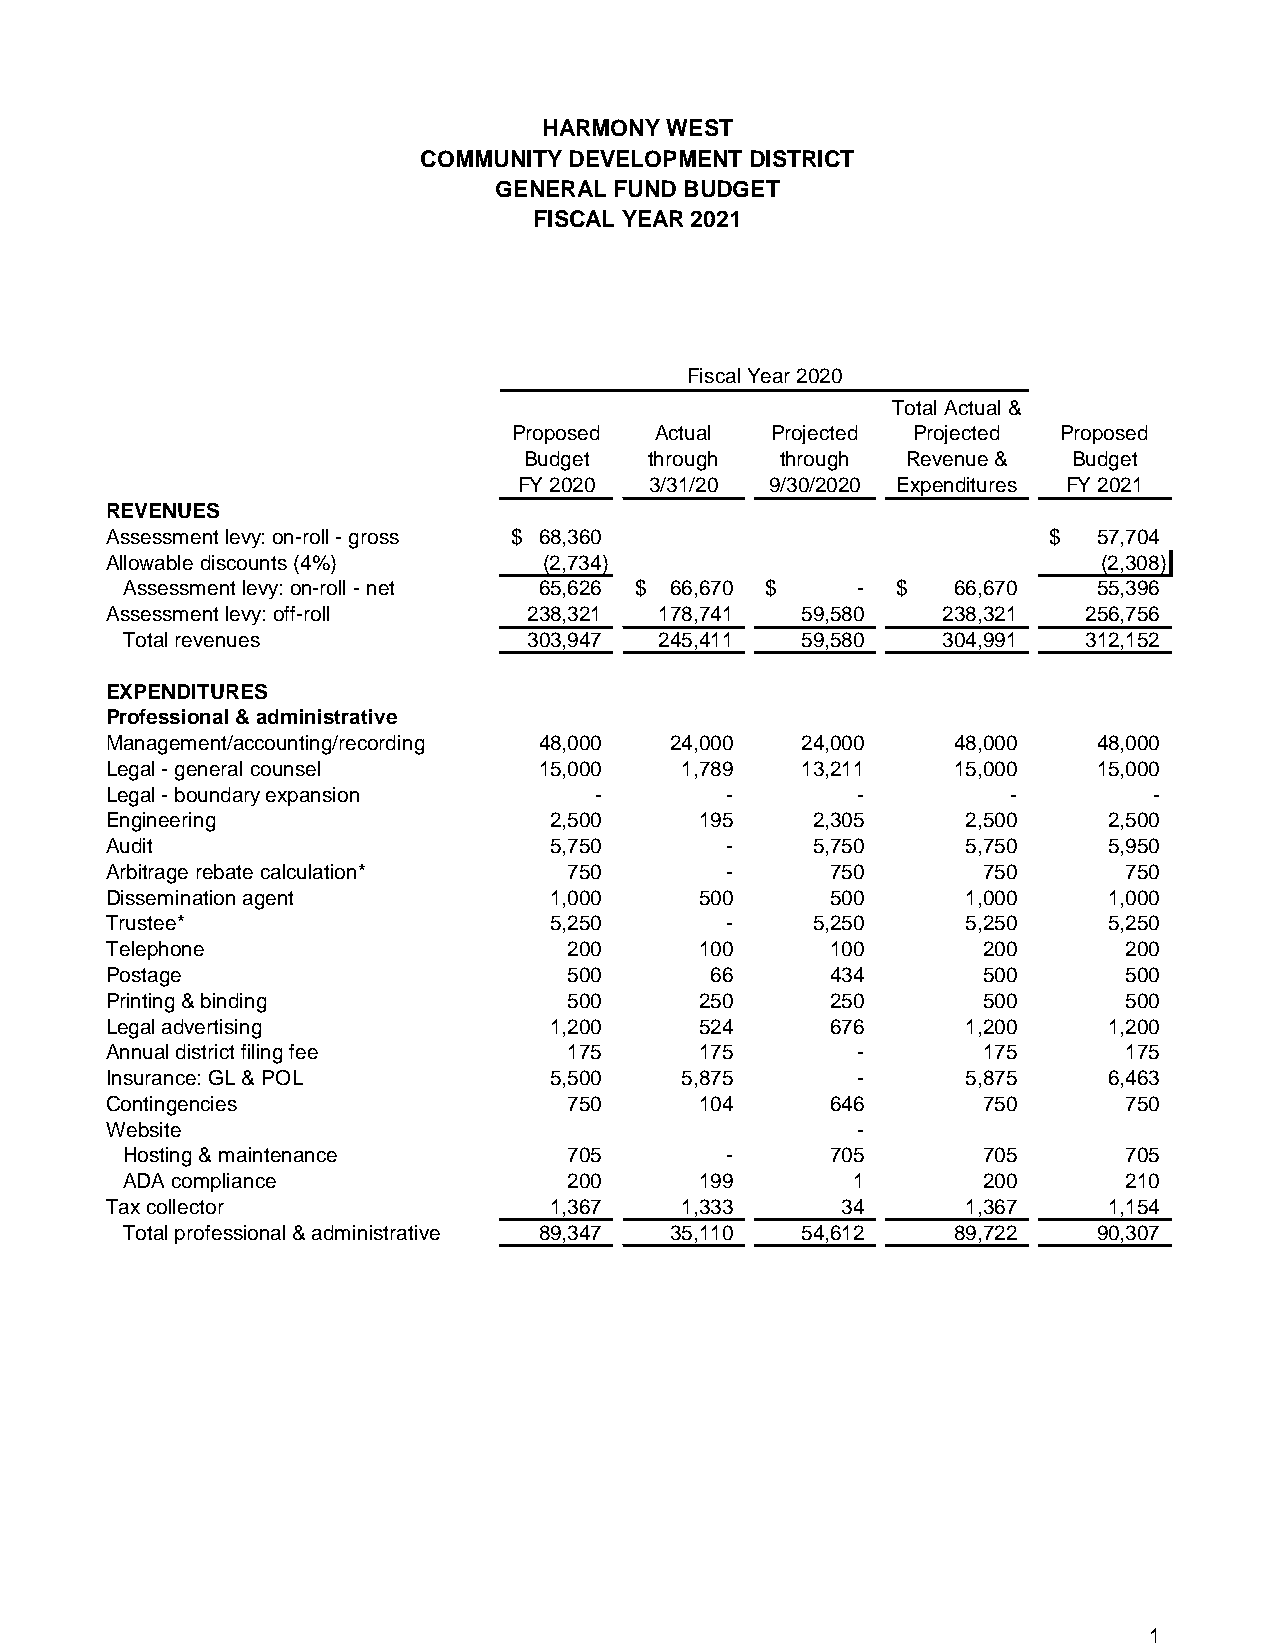
HARMONY WEST
 COMMUNITY DEVELOPMENT DISTRICT
 GENERAL FUND BUDGET
 FISCAL YEAR 2021
 Fiscal Year 2020
 Total Actual &
 Proposed Actual  Projected Projected Proposed
 Budget  through  through Revenue &  Budget
 FY 2020  3/31/20 9/30/2020 Expenditures FY 2021
 REVENUES
 Assessment levy: on-roll - gross $ 68,360                     $   57,704
 Allowable discounts (4%)     (2,734)                              (2,308)
 Assessment levy: on-roll - net 65,626 $ 6 6,670 $ - $  66,670    55,396
 Assessment levy: off-roll   238,321  1 78,741 5 9,580  238,321   256,756
 Total revenues             303,947  245,411  59,580   304,991   312,152
 EXPENDITURES
 Professional & administrative
 Management/accounting/recording 48,000 24,000 24,000    48,000    48,000
 Legal - general counsel      15,000   1,789   13,211    15,000    15,000
 Legal - boundary expansion      -        -        -         -        -
 Engineering                  2,500     195     2,305     2,500    2,500
 Audit                        5,750       -     5,750     5,750    5,950
 Arbitrage rebate calculation*  750       -      750       750       750
 Dissemination agent          1,000     500      500      1,000    1,000
 Trustee*                     5,250       -     5,250     5,250    5,250
 Telephone                      200     100      100       200       200
 Postage                        500      66      434       500       500
 Printing & binding             500     250      250       500       500
 Legal advertising            1,200     524      676      1,200    1,200
 Annual district filing fee     175     175        -       175       175
 Insurance: GL & POL          5,500    5,875       -      5,875    6,463
 Contingencies                  750     104      646       750       750
 Website                                           -
 Hosting & maintenance         705       -      705       705       705
 ADA compliance                200     199       1        200       210
 Tax collector                1,367    1,333      34      1,367    1,154
 Total professional & administrative 89,347 35,110 54,612 89,722  90,307
 1